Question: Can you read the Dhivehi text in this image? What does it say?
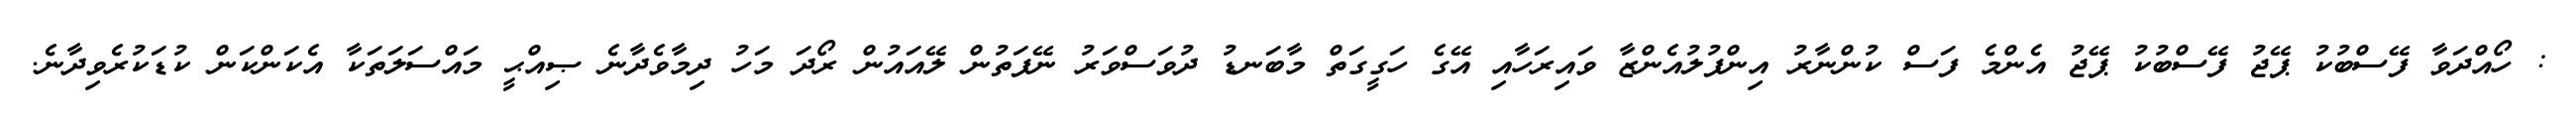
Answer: : ހޯއްދަވާ ފޭސްބުކު ޕޭޖު ފޭސްބުކު ޕޭޖު އެންމެ ފަސް ކުންނާރު އިންފުލުއެންޒާ ވައިރަހާއި އޭގެ ހަގީގަތް މާބަނޑު ދުވަސްވަރު ނޭފަތުން ލޭއައުން ރޯދަ މަހު ދިމާވެދާނެ ޞިއްޙީ މައްސަލަތަކާ އެކަންކަން ކުޑަކުރެވިދާނެ.